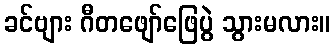
ခင်ဗျား ဂီတဖျော်ဖြေပွဲ သွားမလား။